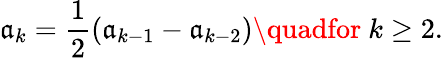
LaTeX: \mathfrak{a}_{k}={\frac{{1}}{{2}}}(\mathfrak{a}_{k-1}-\mathfrak{a}_{k-2})\quadfor\ k\geq2.